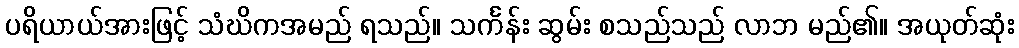
ပရိယာယ်အားဖြင့် သံဃိကအမည် ရသည်။ သင်္ကန်း ဆွမ်း စသည်သည် လာဘ မည်၏။ အယုတ်ဆုံး